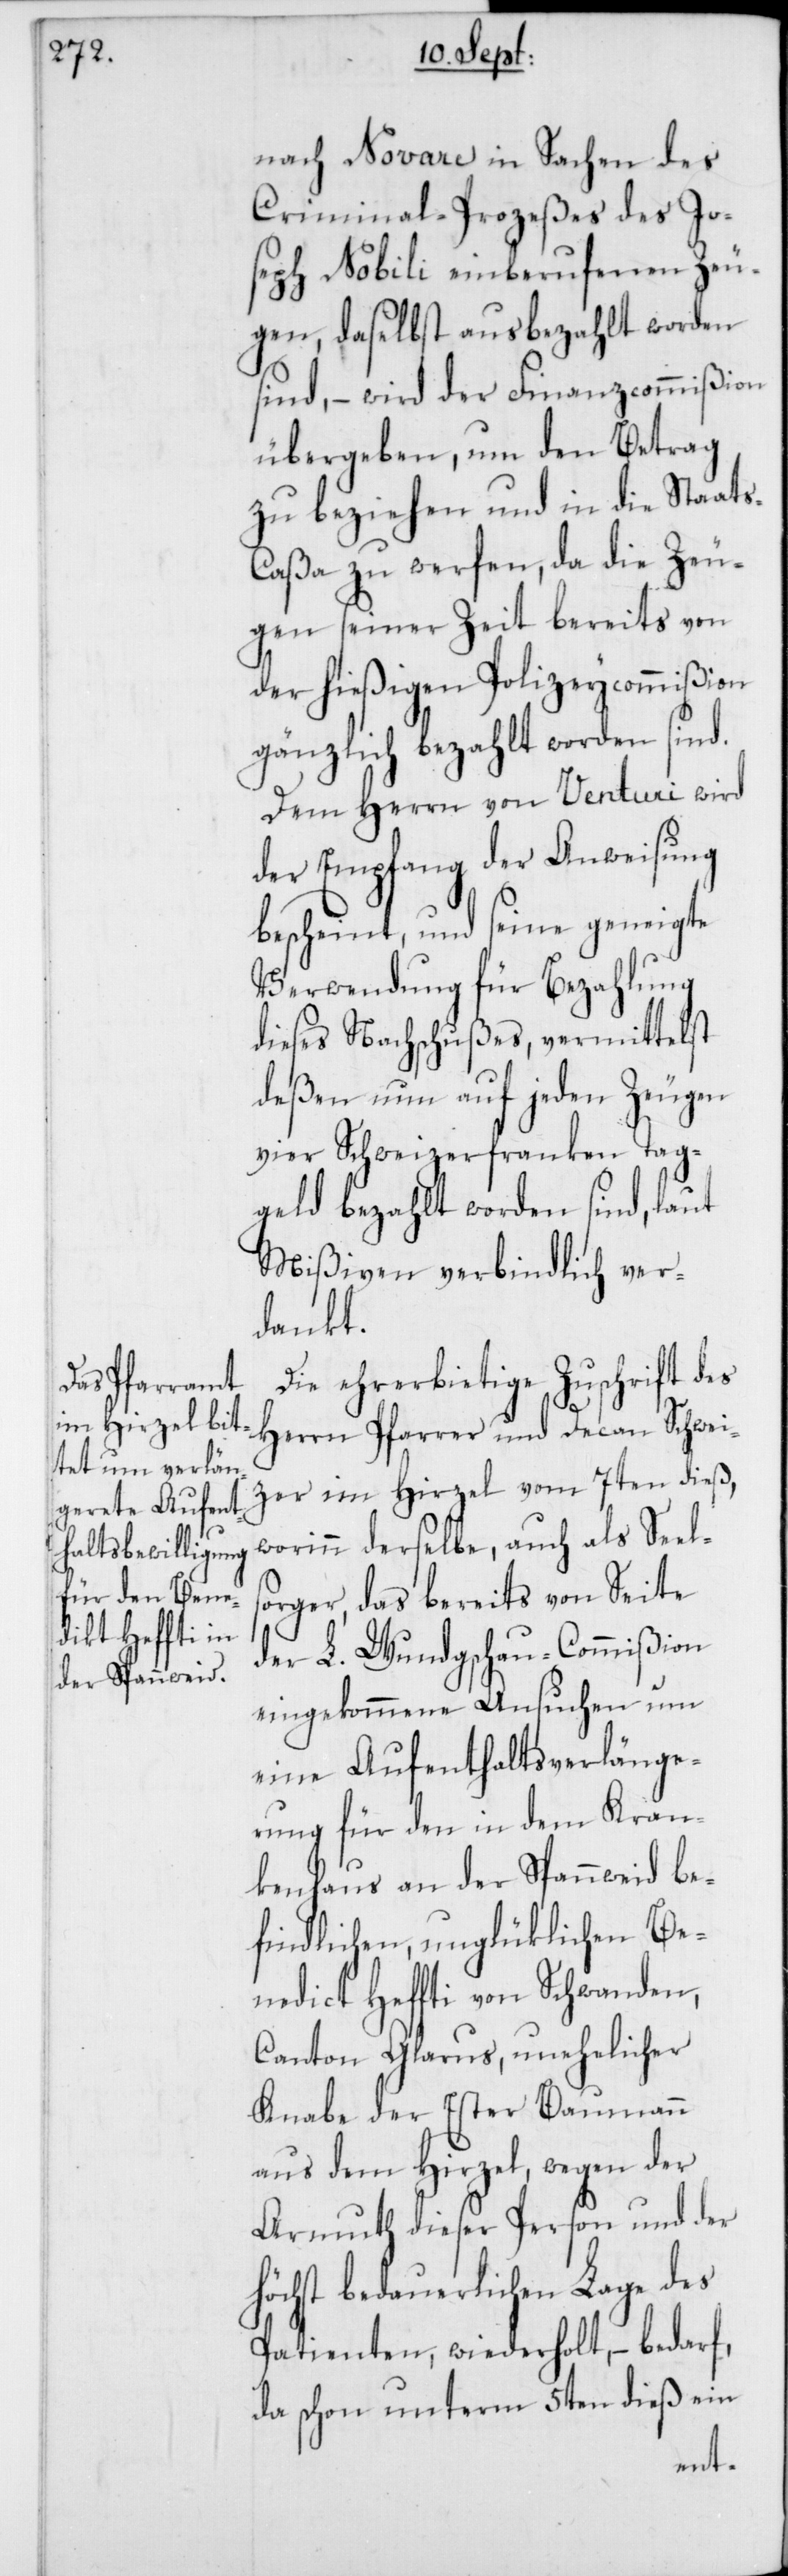
nach Novare in Sachen des
Criminal-Prozeßes des Jo¬
seph Nobili einberufenen Zeu¬
gen, daselbst ausbezahlt worden
sind, – wird der Finanzcommißion
übergeben, um den Betrag
zu beziehen und in die Staats-C¬
aßa zu werfen, da die Zeu¬
gen seiner Zeit bereits von
der hießigen Polizeycommißion
gänzlich bezahlt worden sind.
Dem Herrn von Venturi wird
der Empfang der Anweisung
bescheint, und seine geneigte
Verwendung für Bezahlung
dieses Nachschußes, vermittelst
deßen nun auf jeden Zeugen
vier Schweizerfranken Tag¬
geld bezahlt worden sind, laut
Mißiven verbindlich ver¬
dankt.
Die ehrerbietige Zuschrift des
Herrn Pfarrer und Decan Schwei¬
zer im Hirzel vom 7ten dieß,
worinn derselbe, auch als Seel¬
sorger, das bereits von Seite
der L. Wundgschau-Commißion
eingekommene Ansuchen um
eine Aufenthaltsverlänge¬
rung für den in dem Kran¬
kenhaus an der Spannweid be¬
findlichen, unglüklichen Be¬
nedict Heffti von Schwanden,
Canton Glarus, unehelicher
Knabe der Ester Baumann
aus dem Hirzel, wegen der
Armuth dieser Person und der
höchst bedauerlichen Lage des
Patienten, wiederholt, – bedarf,
da schon unterm 5ten dieß ein